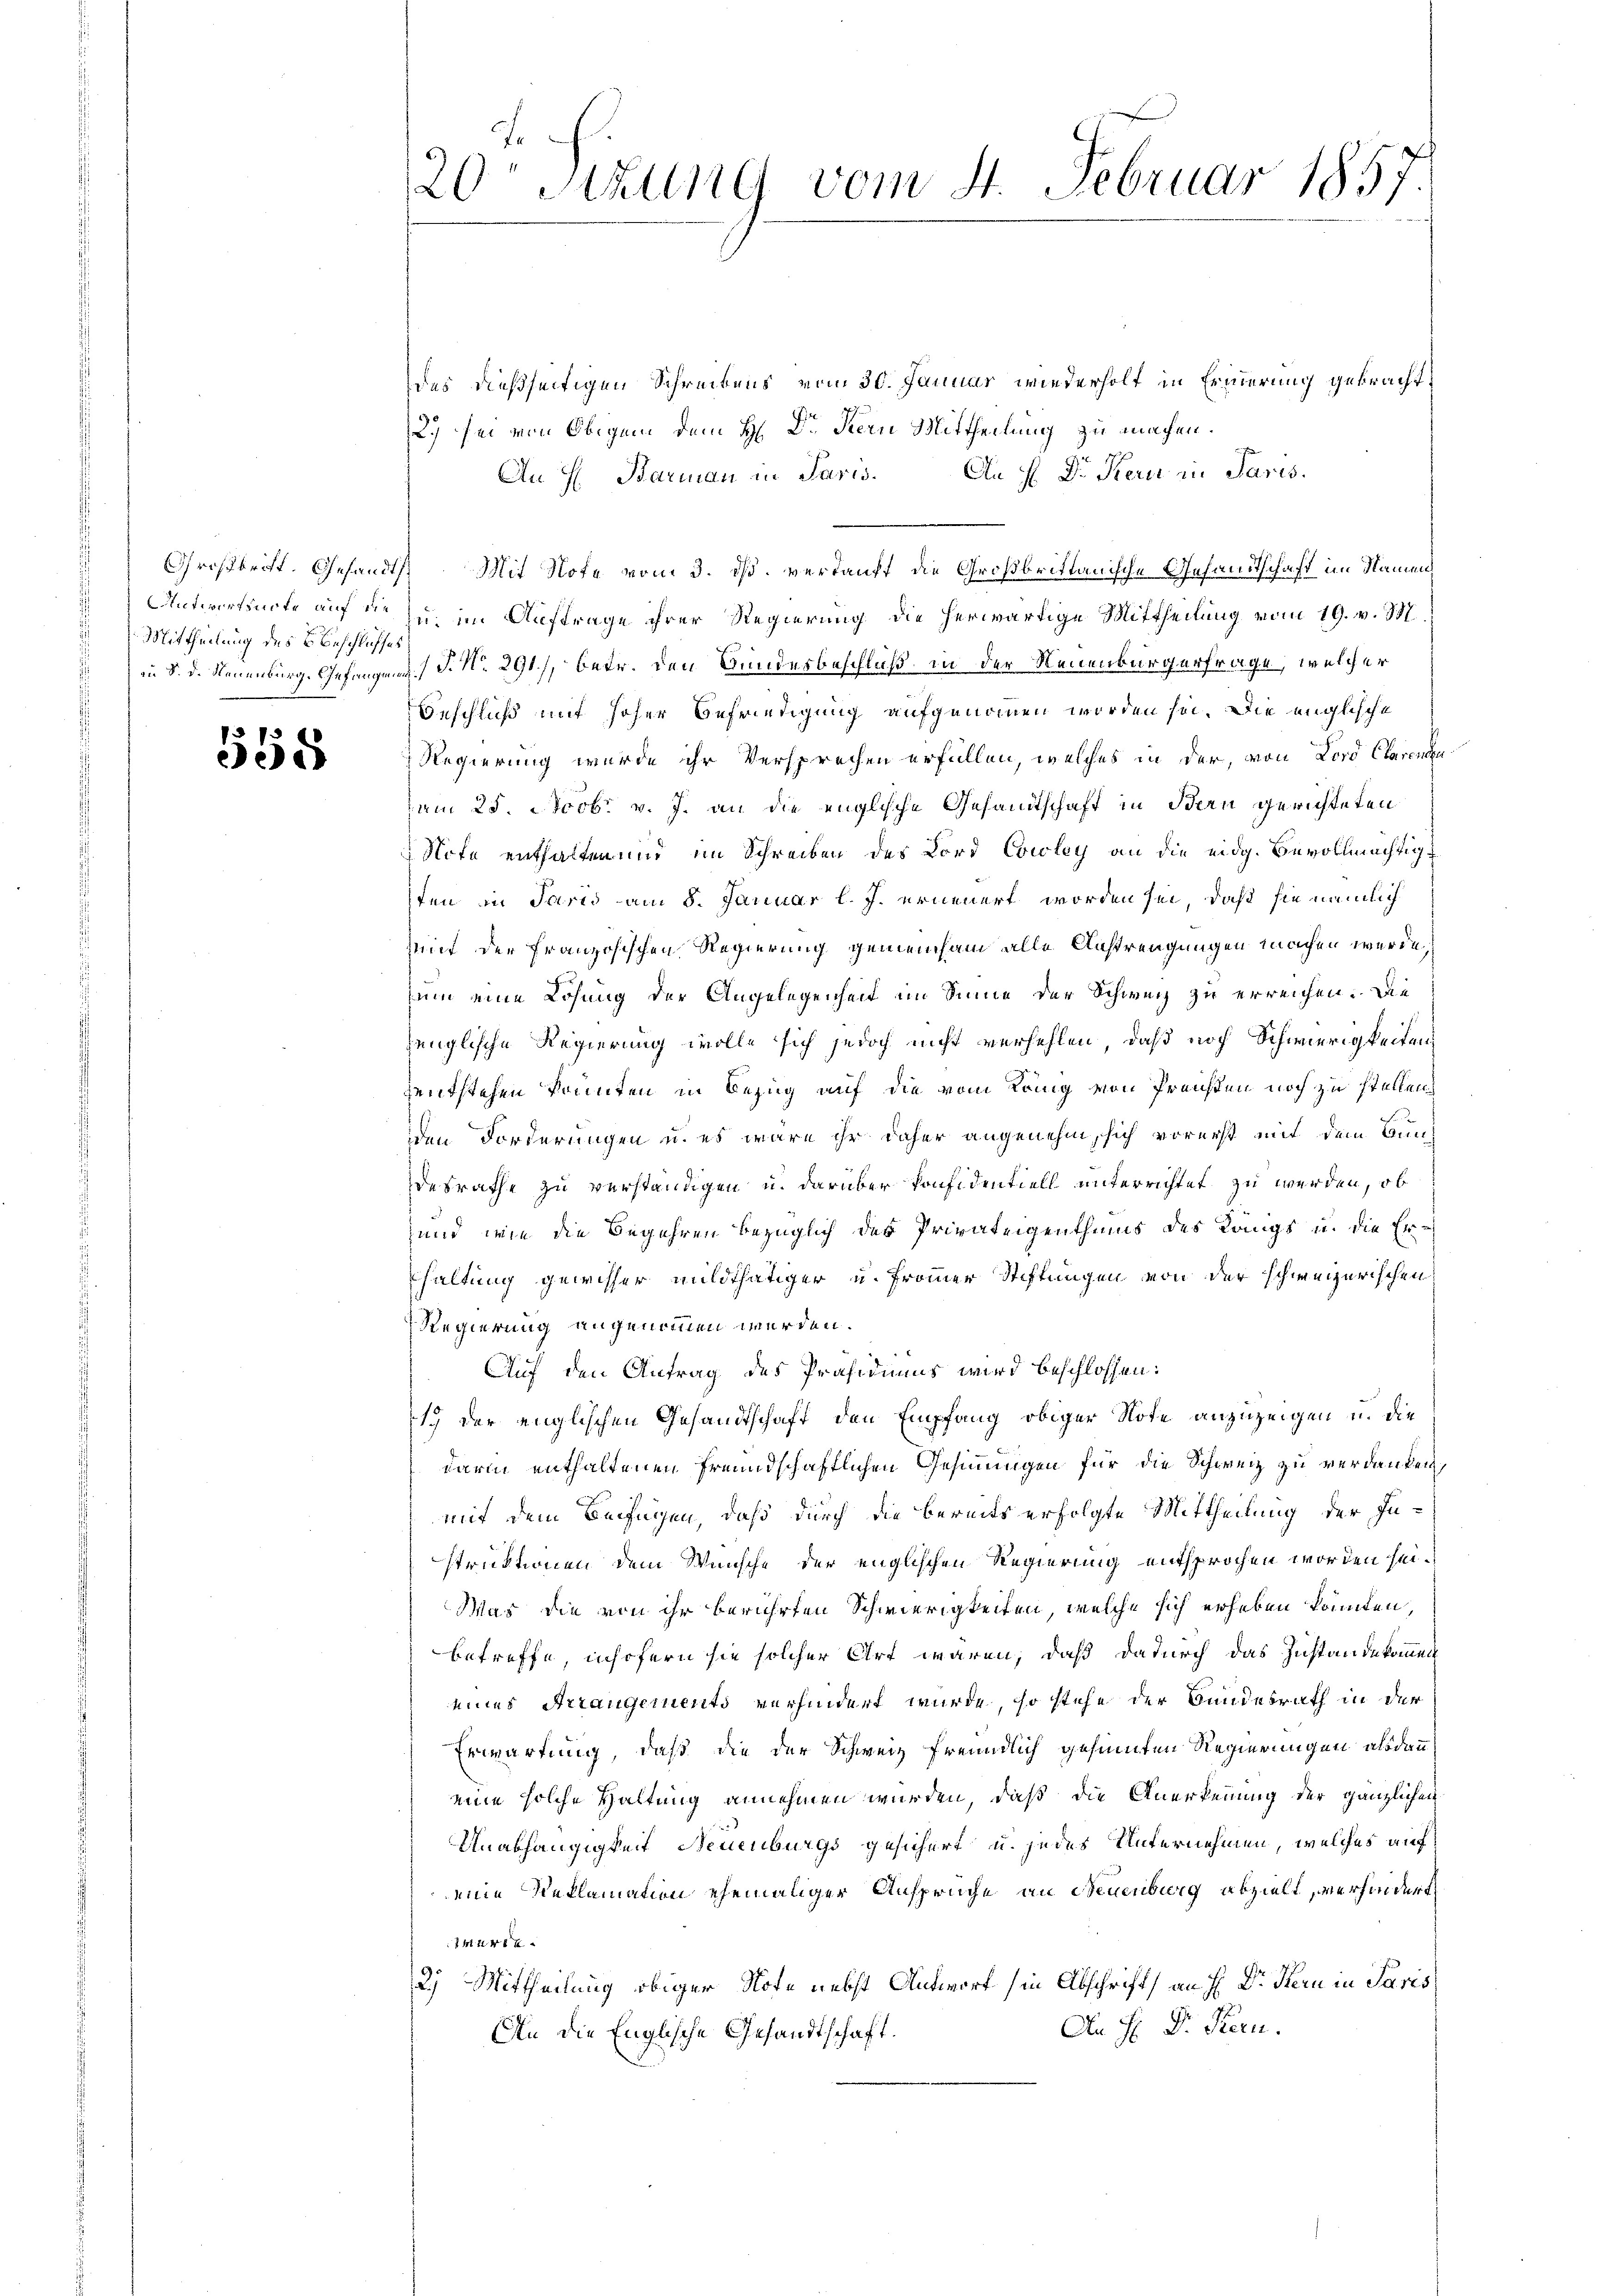
Mittheilung des Beschlusses

558

20r Sitzung vom 4. Februar 1857.

des dießseitigen Schreibens vom 30. Januar wiederholt in Erinnerung gebracht,
2.) sei von Obigem dem H: Dr. Stern Mittheilung zu machen.
An H. Barmann in Paris. An H. Dr Kern in Paris.
Großbritt. Gesandts Mit Note vom 3. ds. verkauft die Großbrittanische Gesandtschaft im Namen,
Antwortsnote auf die zu im Auftrage ihrer Regierung die herwärtige Mittheilung vom 19. v. 337
in 8. d. Neuenburg. Gefangen §. No. 291), betr. den Bundesbeschluß in der Neuenburgerfrage, welcher
Geschluß mit hoher Befriedigung aufgenommen worden sei. Die englische
Regierung wurde ihr Versprechen erfüllen, welches in der, von Lord Clarenten
um 25. Ncob. v. J. an die englische Gesandtschaft in Bern gerichteten
Note enthalten und im Schreiben des Lord Cowley an die eidg. Bevollmächtigt
sten in Paris am 8. Januar l. J. erneuert worden sei, daß sie nämlich
Mit der französischen Regierung gemeinsam alle Anstrengungen machen werde,
zum eine Lösung der Angelegenheit im Sinne der Schweiz zu erreichen. Die
jenglische Regierung wolle sich jedoch nicht verhehlen, daß noch Schwierigkeiten
zentstehen konnten in Bezug auf die vom König von Preisten noch zu stellen,
dden Forderungen u. es wäre ihr daher angenehm, sich vorerst mit dem Bundesrathe zu verständigen u. darüber konfidentiell unterrichtet zu werden, ob
und, wie die Begehren bezüglich des Privateigenthums des Längs u. die Er-
haltung gewisser mildthätiger u. frommer Stiftungen von der schweizerischen
Regierung angenommen werden.
Auf den Antrag des Präsidiums wird beschlossen:
1. der englischen Gesandtschaft den Empfang obiger Note anzuzeigen u. die
darin enthaltenen freundschaftlichen Gesinnungen für die Schweiz zu verdanken,
mit dem Beifügen, daß durch die bereits erfolgte Mittheilung der Instruktionen dem Wünsche der englischen Regierung entsprochen worden sei.
Was die von ihr berührten Schwierigkeiten, welche sich erheben könnten,
betreffe, insofern sie solcher Art waren, daß dadurch das Zustandekommen
eines Arrangements verhindert wurde, so stehe der Bundesrath in der
Erwartung, daß die der Schweiz freundlich gesinnten Regierungen alsdann
eine solche Haltung annehmen würden, daß die Anerkennung der gänzlichen
Unabhängigkeit Neuenburgs gesichert u. jedes Unternehmen, welches auf
eine Reklamation ehemaliger Ansprüche an Neuenburg abzielt, verhindert
Thur
2.) Mittheilung obiger Note nebst Antwort in Abschrift an H. Dr. Hern in Paris
An H. Dr. Kern.
An die Englische Gesandtschaft.